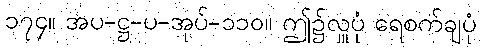
၁၇၄။ အပ-ဋ္ဌ-ပ-အုပ်-၁၁၀။ ဤ၌လှူပုံ ရေစက်ချပုံ